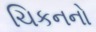
ચિકનનો